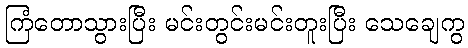
ကြံတောသွားပြီး မင်းတွင်းမင်းတူးပြီး သေချေကွ